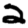
Digit: 2